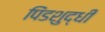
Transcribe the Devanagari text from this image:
पिंडशुद्धी